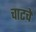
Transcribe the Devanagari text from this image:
चाटचे